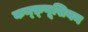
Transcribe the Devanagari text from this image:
कन्फ़्यूशियन